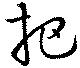
把